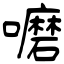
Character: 嚰